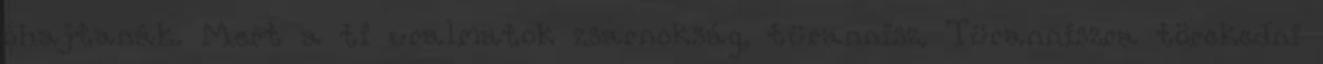
óhajtanák. Mert a ti uralmatok zsarnokság, türannisz. Türanniszra törekedni